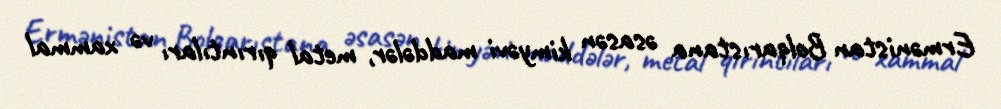
Ermənistan Bolqarıstana əsasən kimyəvi maddələr, metal qırıntıları və xammal